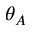
\theta _ { A }